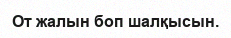
От жалын боп шалқысын.